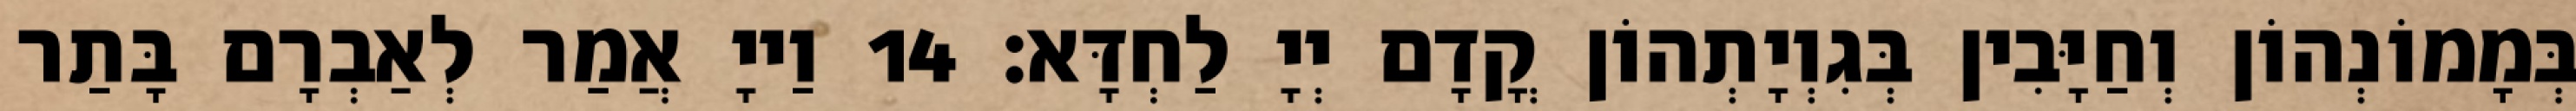
בְּמָמוֹנְהוֹן וְחַיָּבִין בְּגִוְיָתְהוֹן קֳדָם יְיָ לַחְדָּא׃ 14 וַייָ אֲמַר לְאַבְרָם בָּתַר